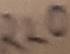
Text: R20